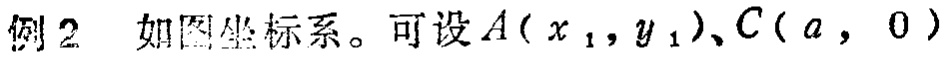
例2 如图坐标系。可设\(A(x_1,y_1)\)、\(C(a,0)\)